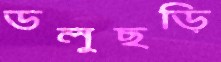
ডলুছড়ি